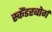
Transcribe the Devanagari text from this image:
स्कैंडरबोर्ग